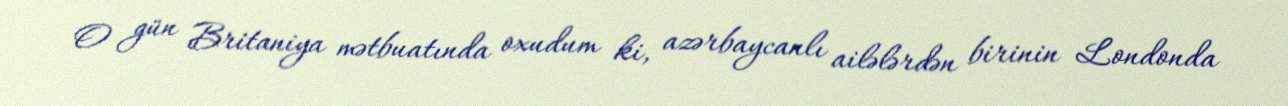
O gün Britaniya mətbuatında oxudum ki, azərbaycanlı ailələrdən birinin Londonda